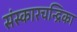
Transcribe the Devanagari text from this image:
संस्कारचन्द्रिका